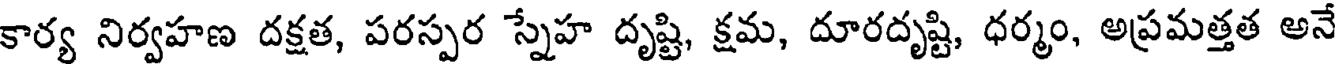
కార్య నిర్వహణ దక్షత, పరస్పర స్నేహ దృష్టి, క్షమ, దూరదృష్టి, ధర్మం, అప్రమత్తత అనే